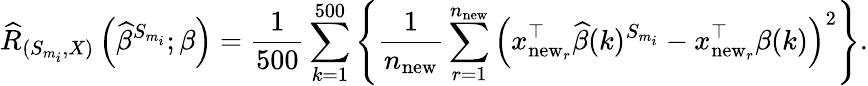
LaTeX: \widehat{R}_{({S}_{m_{i}},X)}\left(\widehat{\beta}^{{S}_{m_{i}}};\beta\right)=\frac{1}{500}\sum_{k=1}^{500}\left\{ \frac{1}{n_{\mathrm{new}}}\sum_{r=1}^{n_{\mathrm{new}}}\left(x_{\mathrm{new}_{r}}^{\top}\widehat{\beta}(k)^{{S}_{m_{i}}}-x_{\mathrm{new}_{r}}^{\top}\beta(k)\right)^{2}\right\} .